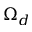
\Omega _ { d }